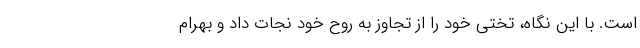
است. با این نگاه، تختی خود را از تجاوز به روح خود نجات داد و بهرام